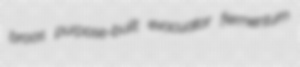
broos purpose-built evacuator fermentum